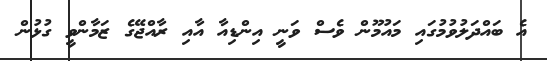
އެ ބައްދަލުވުމުގައި މައުމޫން ވެސް ވަނީ އިންޑިއާ އާއި ރާއްޖޭގެ ޒަމާންވީ ގުޅުން